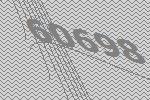
60698